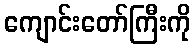
ကျောင်းတော်ကြီးကို